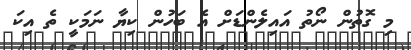
މި ގޮތުން ނޯތު އައިލެންޑަށް އެ ބަހުން ކިޔާ ނަމަކީ ތެ އިކަ